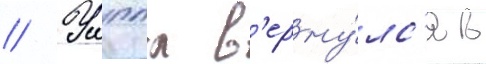
// Уиппл в'ерну́лс'я в